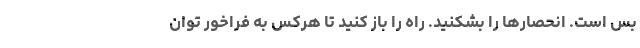
بس است. انحصارها را بشکنید. راه را باز کنید تا هرکس به فراخور توان